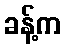
ခန့်က